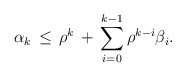
\begin{align*}\alpha_k\,\leq\,\rho^k\,+\,\sum_{i=0}^{k-1}\rho^{k-i}\beta_i.\end{align*}